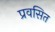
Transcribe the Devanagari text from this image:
प्रवसित